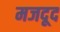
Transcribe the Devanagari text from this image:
मजदूद